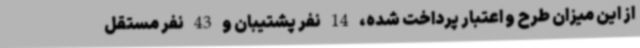
از این میزان طرح و اعتبار پرداخت شده، 14 نفر پشتیبان و 43 نفر مستقل